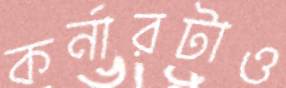
কর্নারটাও